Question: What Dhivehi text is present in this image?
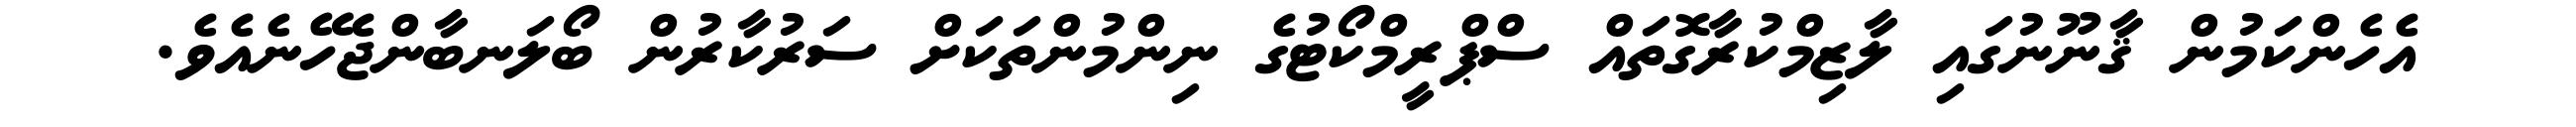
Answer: އެހެންކަމުން ޤާނޫނުގައި ލާޒިމްކުރާގޮތައް ސްޕްރީމްކޯޓުގެ ނިންމުންތަކަށް ސަރުކާރުން ބޯލަނބާންޖެހޭނެއެވެ.